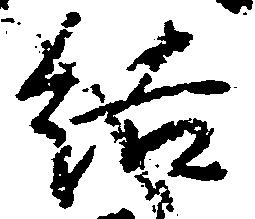
結